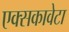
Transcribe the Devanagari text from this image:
एक्सकावेटा